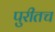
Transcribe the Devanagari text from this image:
पुरीतच